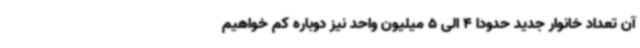
آن تعداد خانوار جدید حدوداً 4 الی 5 میلیون واحد نیز دوباره کم خواهیم